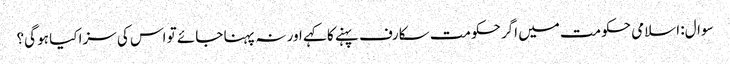
سوال: اسلامی حکومت میں اگر حکومت سکارف پہنے کا کہے اور نہ پہنا جائے تو اس کی سزا کیا ہو گی؟